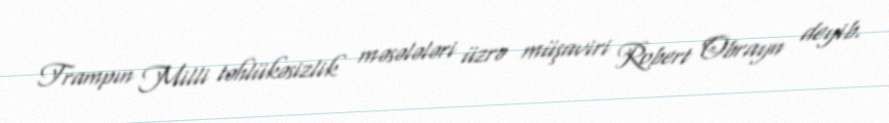
Trampın Milli təhlükəsizlik məsələləri üzrə müşaviri Robert Obrayn deyib.